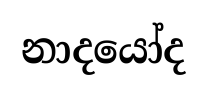
නාදයෝද